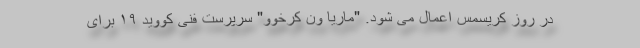
در روز کریسمس اعمال می شود. "ماریا ون کرخوو" سرپرست فنی کووید ۱۹ برای